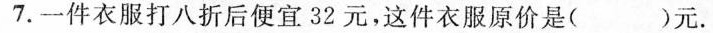
7. 一件衣服打八折后便宜32元，这件衣服原价是( )元.